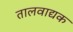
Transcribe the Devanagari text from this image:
तालवाद्यक